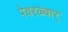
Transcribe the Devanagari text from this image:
पेयरळ्वार्